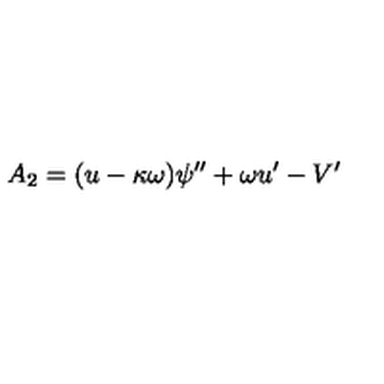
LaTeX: A _ { 2 } = ( u - \kappa \omega ) \psi ^ { \prime \prime } + \omega u ^ { \prime } - V ^ { \prime }